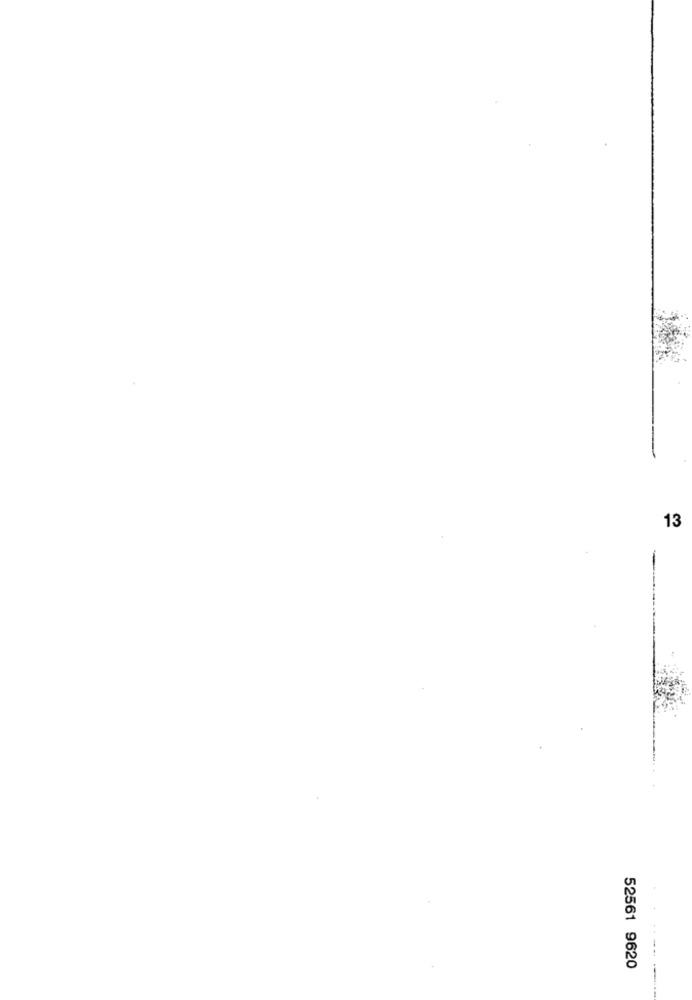
13
52561 9620